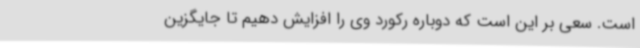
است. سعی بر این است که دوباره رکورد وی را افزایش دهیم تا جایگزین